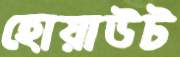
হোয়াউট